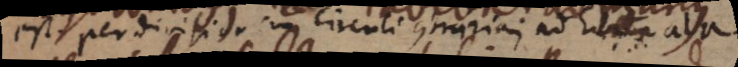
est per divisionem circuli contrariam adhibita ala.